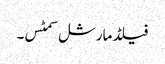
فیلڈ مارشل سمٹس۔